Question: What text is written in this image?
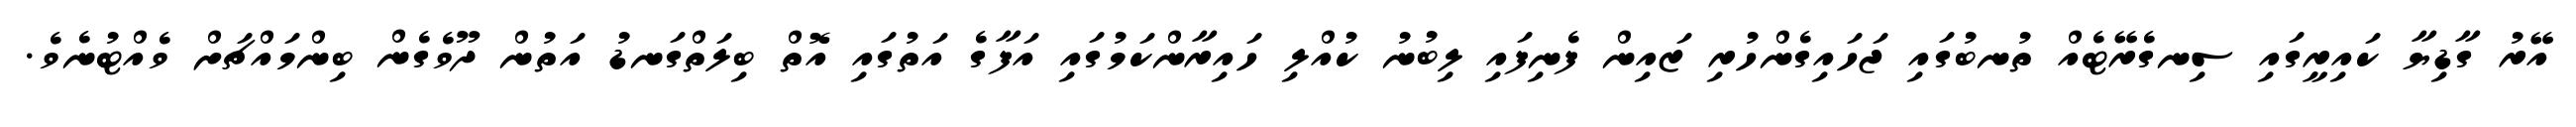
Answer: އޭރު ގާޑިޔާ ކައިރީގައި ސިނގެރޭޓެއް ތުނބުގައި ޖަހައިގެންހުރި ޒައިން ފެނިފައި ލިބުނު ކުއްލި ހައިރާންކަމުގައި އަފާގެ އަތުގައި އޮތް ބިލަތްގަނޑު އަތުން ދޫވެގެން ބިންމައްޗަށް ވެއްޓުނެވެ.